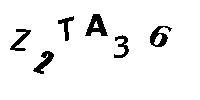
Z2TA36